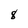
Character: 8